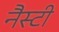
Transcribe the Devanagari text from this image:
नैस्टी